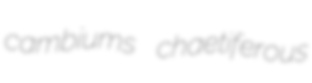
cambiums chaetiferous